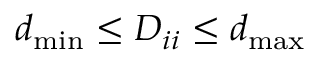
d _ { \operatorname* { m i n } } \leq D _ { i i } \leq d _ { \operatorname* { m a x } }